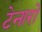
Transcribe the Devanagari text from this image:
टेनारो